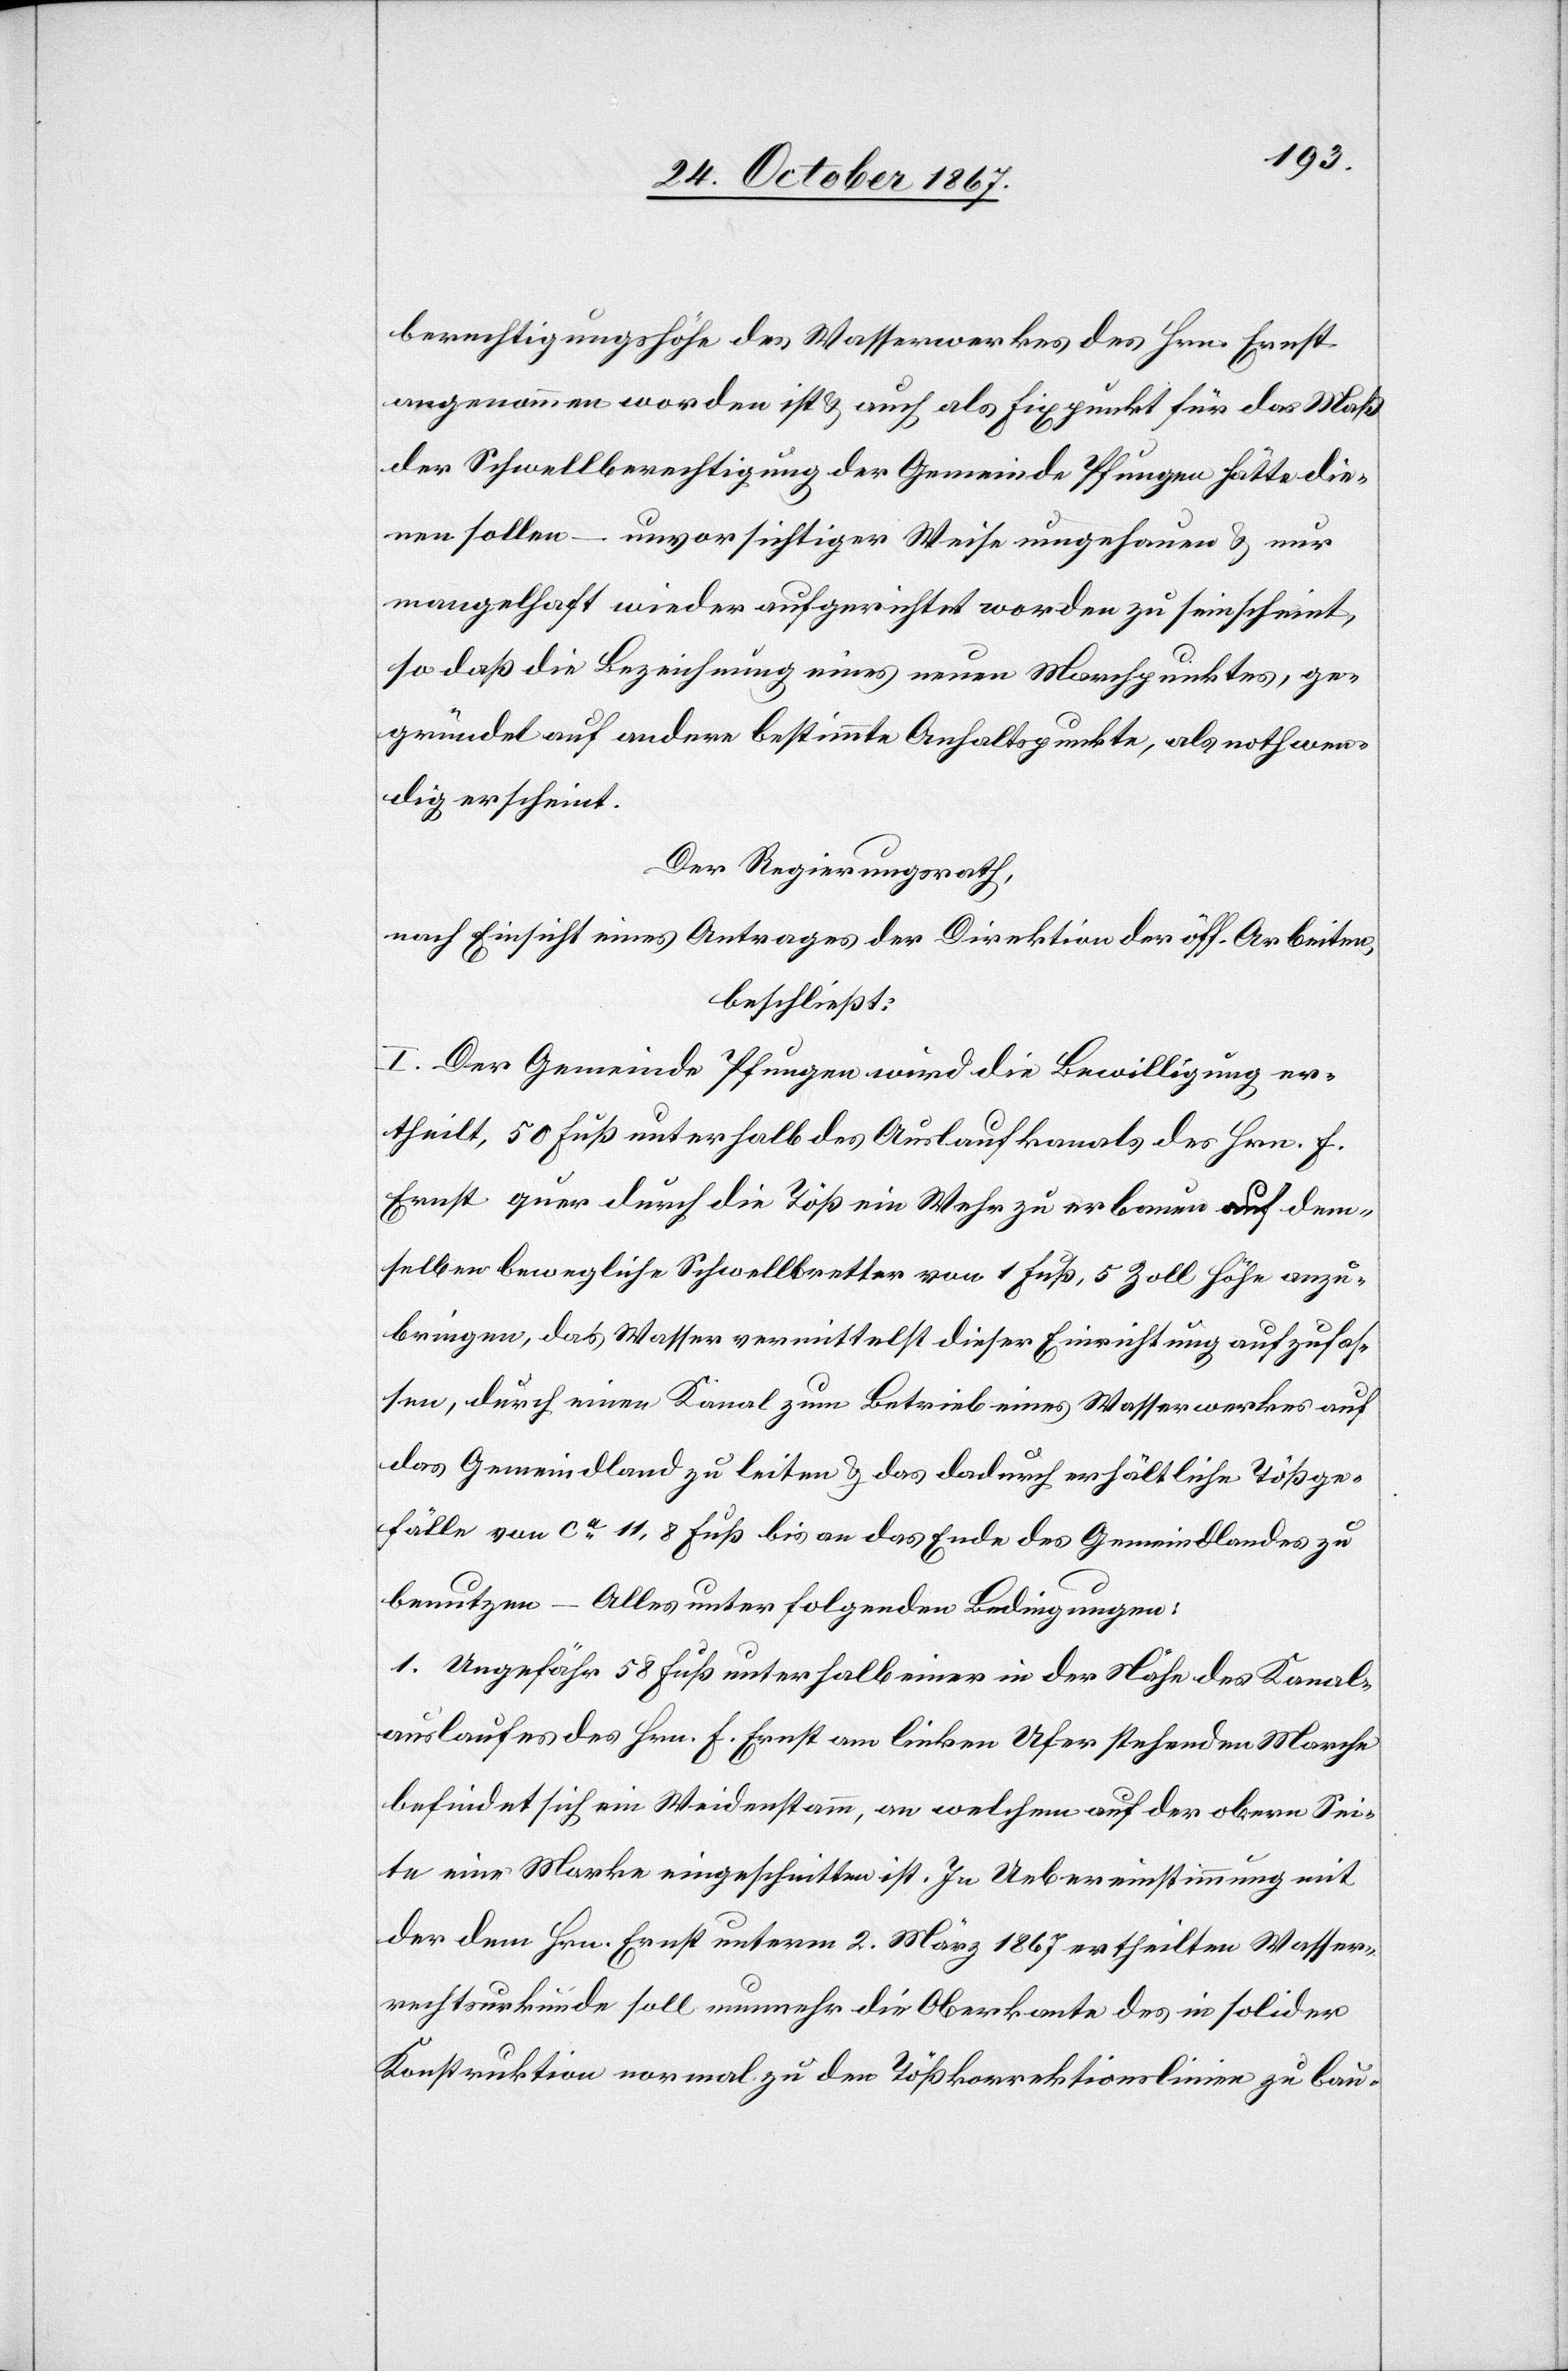
berechtigungshöhe des Wasserwerkes des Hrn. Ernst
angenommen worden ist u. auch als Fixpunkt für das Maß
der Schwellberechtigung der Gemeinde Pfungen hätte die¬
nen sollen – unvorsichtiger Weise umgehauen u. nur
mangelhaft wieder aufgerichtet worden zu sein scheint,
so daß die Bezeichnung eines neuen Marchpunktes, ge¬
gründet auf andere bestimmte Anhaltspunkte, als nothwen¬
dig erscheint.
Der Regierungsrath,
nach Einsicht eines Antrages der Direktion der öff. Arbeiten,
beschließt:
I. Der Gemeinde Pfungen wird die Bewilligung er¬
theilt, 50 Fuß unterhalb des Auslaufkanals des Hrn. F.
Ernst, quer durch die Töß ein Wuhr zu erbauen auf dem¬
selben bewegliche Schwellbretter von 1 Fuß, 5 Zoll Höhe anzu¬
bringen, das Wasser vermittelst dieser Einrichtung aufzufas¬
sen, durch einen Kanal zum Betrieb eines Wasserwerkes auf
das Gemeindland zu leiten u. das dadurch erhältliche Tößge¬
fälle von ca 11,8 Fuß bis an das Ende des Gemeindlandes zu
benutzen – Alles unter folgenden Bedingungen:
1. Ungefähr 58 Fuß unterhalb einer in der Nähe des Kanal¬
auslaufes des Hrn. F. Ernst am linken Ufer stehenden Marche
befindet sich ein Weidenstamm, an welchem auf der obern Sei¬
te eine Marke eingeschnitten ist. In Uebereinstimmung mit
der dem Hrn. Ernst unterm 2. März 1867 ertheilten Wasser¬
rechtsurkunde soll nunmehr die Oberkante des in solider
Konstruktion normal zu den Tößkorrektionslinien zu bau-